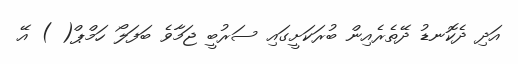
އަދި ދެކޮނޑު ދޭތެރެއިން ބުރަކަށީގައި ސަރުބީ ޖަމާވެ ބަފަލޯ ހަމްޕް( ) އޭ